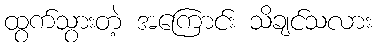
ထွက်သွားတဲ့ အကြောင်း သိချင်သလား